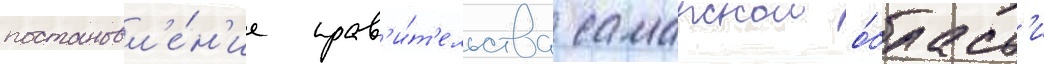
постановл'е́н'ие прав'и́т'ельства самарскои о́бласт'и